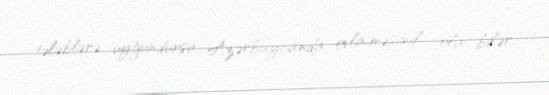
tələblərə uyğundursa, Azərbaycanda ovla məşğul ola bilər.